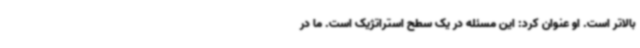
بالاتر است. او عنوان کرد: این مسئله در یک سطح استراتژیک است. ما در